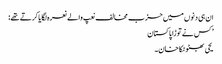
ان ہی دنوں میں حزب مخالف نعپ والے نعرہ لگایا کرتے تھے:
’ کس نے توڑا پاکستان
یحی بھٹو ٹکا خان۔